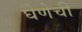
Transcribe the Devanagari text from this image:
घेणेची